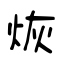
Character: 烣